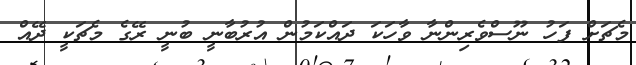
މެޗަށް ފަހު ނޫސްވެރިންނާ ވާހަކަ ދައްކަމުން އުރުބާނީ ބުނީ ރޭގެ މެޗަކީ ދޭއް